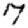
Digit: 7